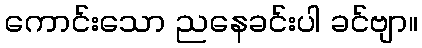
ကောင်းသော ညနေခင်းပါ ခင်ဗျာ။